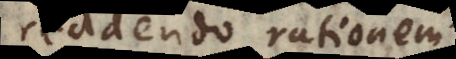
reddendo rationem